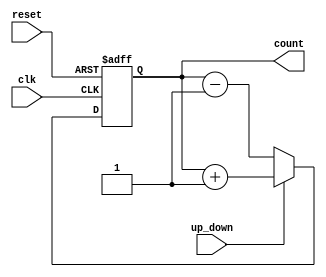
module counter (
    input wire clk,
    input wire reset,
    input wire up_down,
    output reg [7:0] count
);

always @(posedge clk or posedge reset) begin
    if (reset)
        count <= 8'b0;
    else if (up_down)
        count <= count + 1;
    else
        count <= count - 1;
end

endmodule